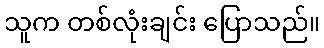
သူက တစ်လုံးချင်း ပြောသည်။